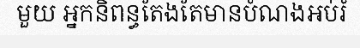
មួយ អ្នកនិពន្ធតែងតែមានបំណងអប់រំ